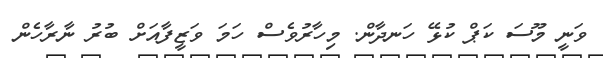
ވަނީ މޫސަ ކަޕް ކުޅޭ ހަނދާން. މިހާރުވެސް ހަމަ ވަޒީފާއަށް ބުރު ނާރާހެން